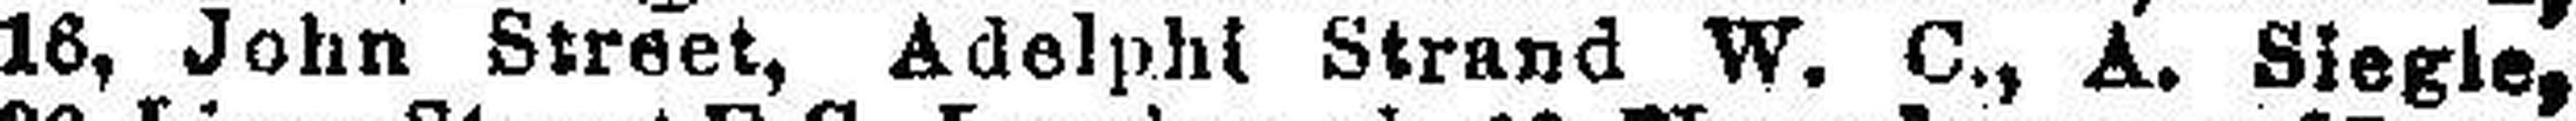
16, John Street, Adelphi Strand W. C., A. Siegle,